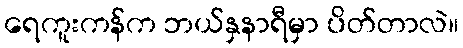
ရေကူးကန်က ဘယ်နှနာရီမှာ ပိတ်တာလဲ။